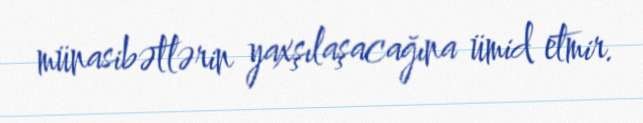
münasibətlərin yaxşılaşacağına ümid etmir.